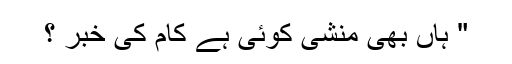
" ہاں بھی منشی کوئی ہے کام کی خبر ؟